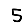
Digit: 5